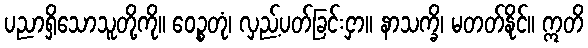
ပညာရှိသောသူတို့ကို။ ဝေဉ္စတုံ၊ လှည့်ပတ်ခြင်းငှာ။ နာသက္ခိ၊ မတတ်နိုင်။ ဣတိ